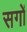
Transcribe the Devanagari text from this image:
सगों